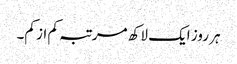
ہر روز ایک لاکھ مرتبہ کم از کم۔